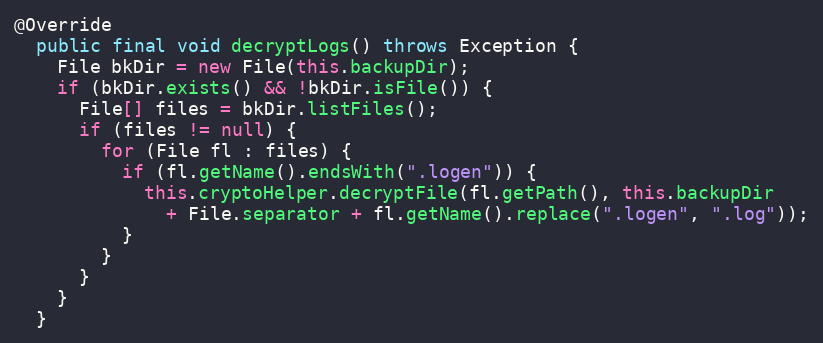
Language: Java
@Override
  public final void decryptLogs() throws Exception {
    File bkDir = new File(this.backupDir);
    if (bkDir.exists() && !bkDir.isFile()) {
      File[] files = bkDir.listFiles();
      if (files != null) {
        for (File fl : files) {
          if (fl.getName().endsWith(".logen")) {
            this.cryptoHelper.decryptFile(fl.getPath(), this.backupDir
              + File.separator + fl.getName().replace(".logen", ".log"));
          }
        }
      }
    }
  }